On a parasite found in persons suffering from enlargement of the spleen in India - Number 15
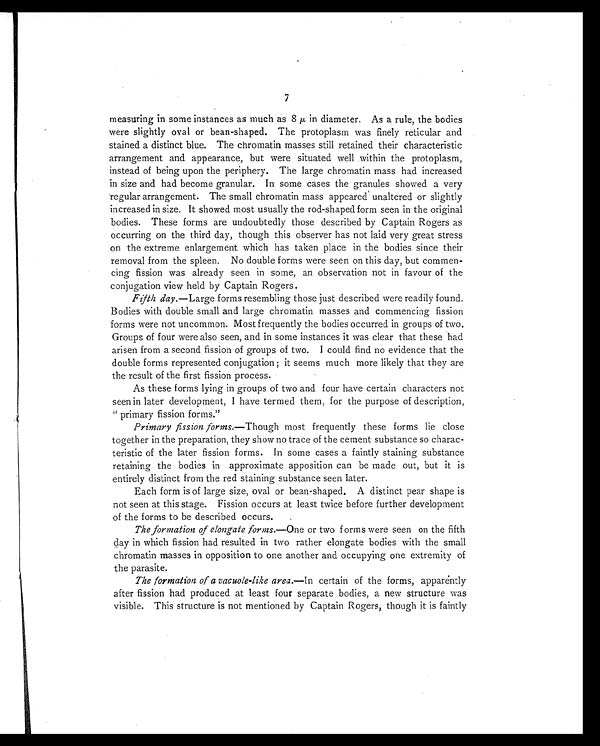
7
measuring in some instances as much as 8
i n d i a m e t e r . A s a r u l e , t h e b o d i e s
were slightly oval or bean-shaped. The protoplasm was finely reticular and
stained a distinct blue. The chromatin masses still retained their characteristic
arrangement and appearance, but were situated well within the protoplasm,
instead of being upon the periphery. The large chromatin mass had increased
in size and had become granular. In some cases the granules showed a very
regular arrangement. The small chromatin mass appeared unaltered or slightly
increased in size. It showed most usually the rod-shaped form seen in the original
bodies. These forms are undoubtedly those described by Captain Rogers as
occurring on the third day, though this observer has not laid very great stress
on the extreme enlargement which has taken place in the bodies since their
removal from the spleen. No double forms were seen on this day, but commen-
cing fission was already seen in some, an observation not in favour of the
conjugation view held by Captain Rogers.
Fifth day. —Large forms resembling those just described were readily found.
Bodies with double small and large chromatin masses and commencing fission
forms were not uncommon. Most frequently the bodies occurred in groups of two.
Groups of four were also seen, and in some instances it was clear that these had
arisen from a second fission of groups of two. I could find no evidence that the
double forms represented conjugation ; it seems much more likely that they are
the result of the first fission process.
As these forms lying in groups of two and four have certain characters not
seen in later development, I have termed them, for the purpose of description,
"primary fission forms."
Primary fission forms. —Though most frequently these forms lie close
together in the preparation, they show no trace of the cement substance so charac-
teristic of the later fission forms. In some cases a faintly staining substance
retaining the bodies in approximate apposition can be made out, but it is
entirely distinct from the red staining substance seen later.
Each form is of large size, oval or bean-shaped. A distinct pear shape is
not seen at this stage. Fission occurs at least twice before further development
of the forms to be described occurs.
The formation of elongate forms. —One or two forms were seen on the fifth
day in which fission had resulted in two rather elongate bodies with the small
chromatin masses in opposition to one another and occupying one extremity of
the parasite.
The formation of a vacuole-like area.—In certain of the forms, apparently
after fission had produced at least four separate bodies, a new structure was
visible. This structure is not mentioned by Captain Rogers, though it is faintly